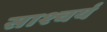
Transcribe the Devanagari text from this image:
साश्चर्य